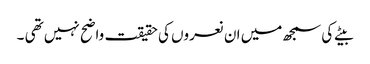
بیٹے کی سمجھ میں ان نعروں کی حقیقت واضح نہیں تھی ۔